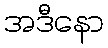
အဒီနော